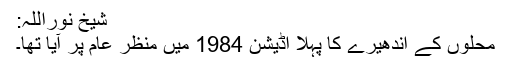
شیخ نوراللہ:
محلوں کے اندھیرے کا پہلا اڈیشن 1984 میں منظر عام پر آیا تھا۔